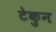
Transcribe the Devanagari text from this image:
टेकुन